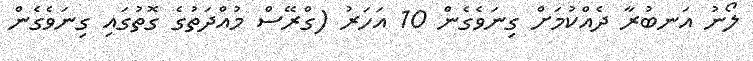
ލޯނު އަނބުރާ ދެއްކުމަށް ގިނަވެގެން 10 އަހަރު (ގްރޭސް މުއްދަތުގެ ގޮތުގައި ގިނަވެގެން